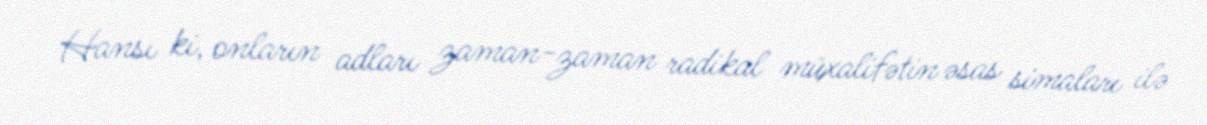
Hansı ki, onların adları zaman-zaman radikal müxalifətin əsas simaları ilə